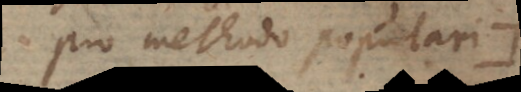
pro methodo populari